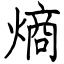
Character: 熵